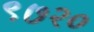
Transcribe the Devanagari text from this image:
९७२०